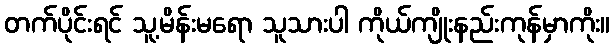
တက်ပိုင်းရင် သူ့မိန်းမရော သူသားပါ ကိုယ်ကျိုးနည်းကုန်မှာကိုး။